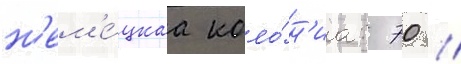
н'ем'е́цкаа коло́н'иа: 70 //